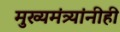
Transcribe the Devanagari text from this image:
मुख्यमंत्र्यांनीही